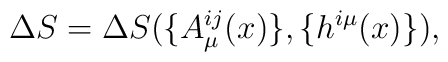
\Delta S =\Delta S( \{A^{ij}_\mu(x)\},\{ h^{i\mu}(x)\}),